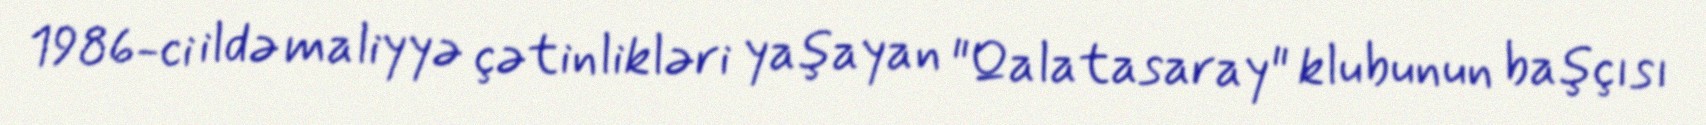
1986-ci ildə maliyyə çətinlikləri yaşayan "Qalatasaray" klubunun başçısı